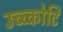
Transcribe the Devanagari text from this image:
उच्च्कोटि